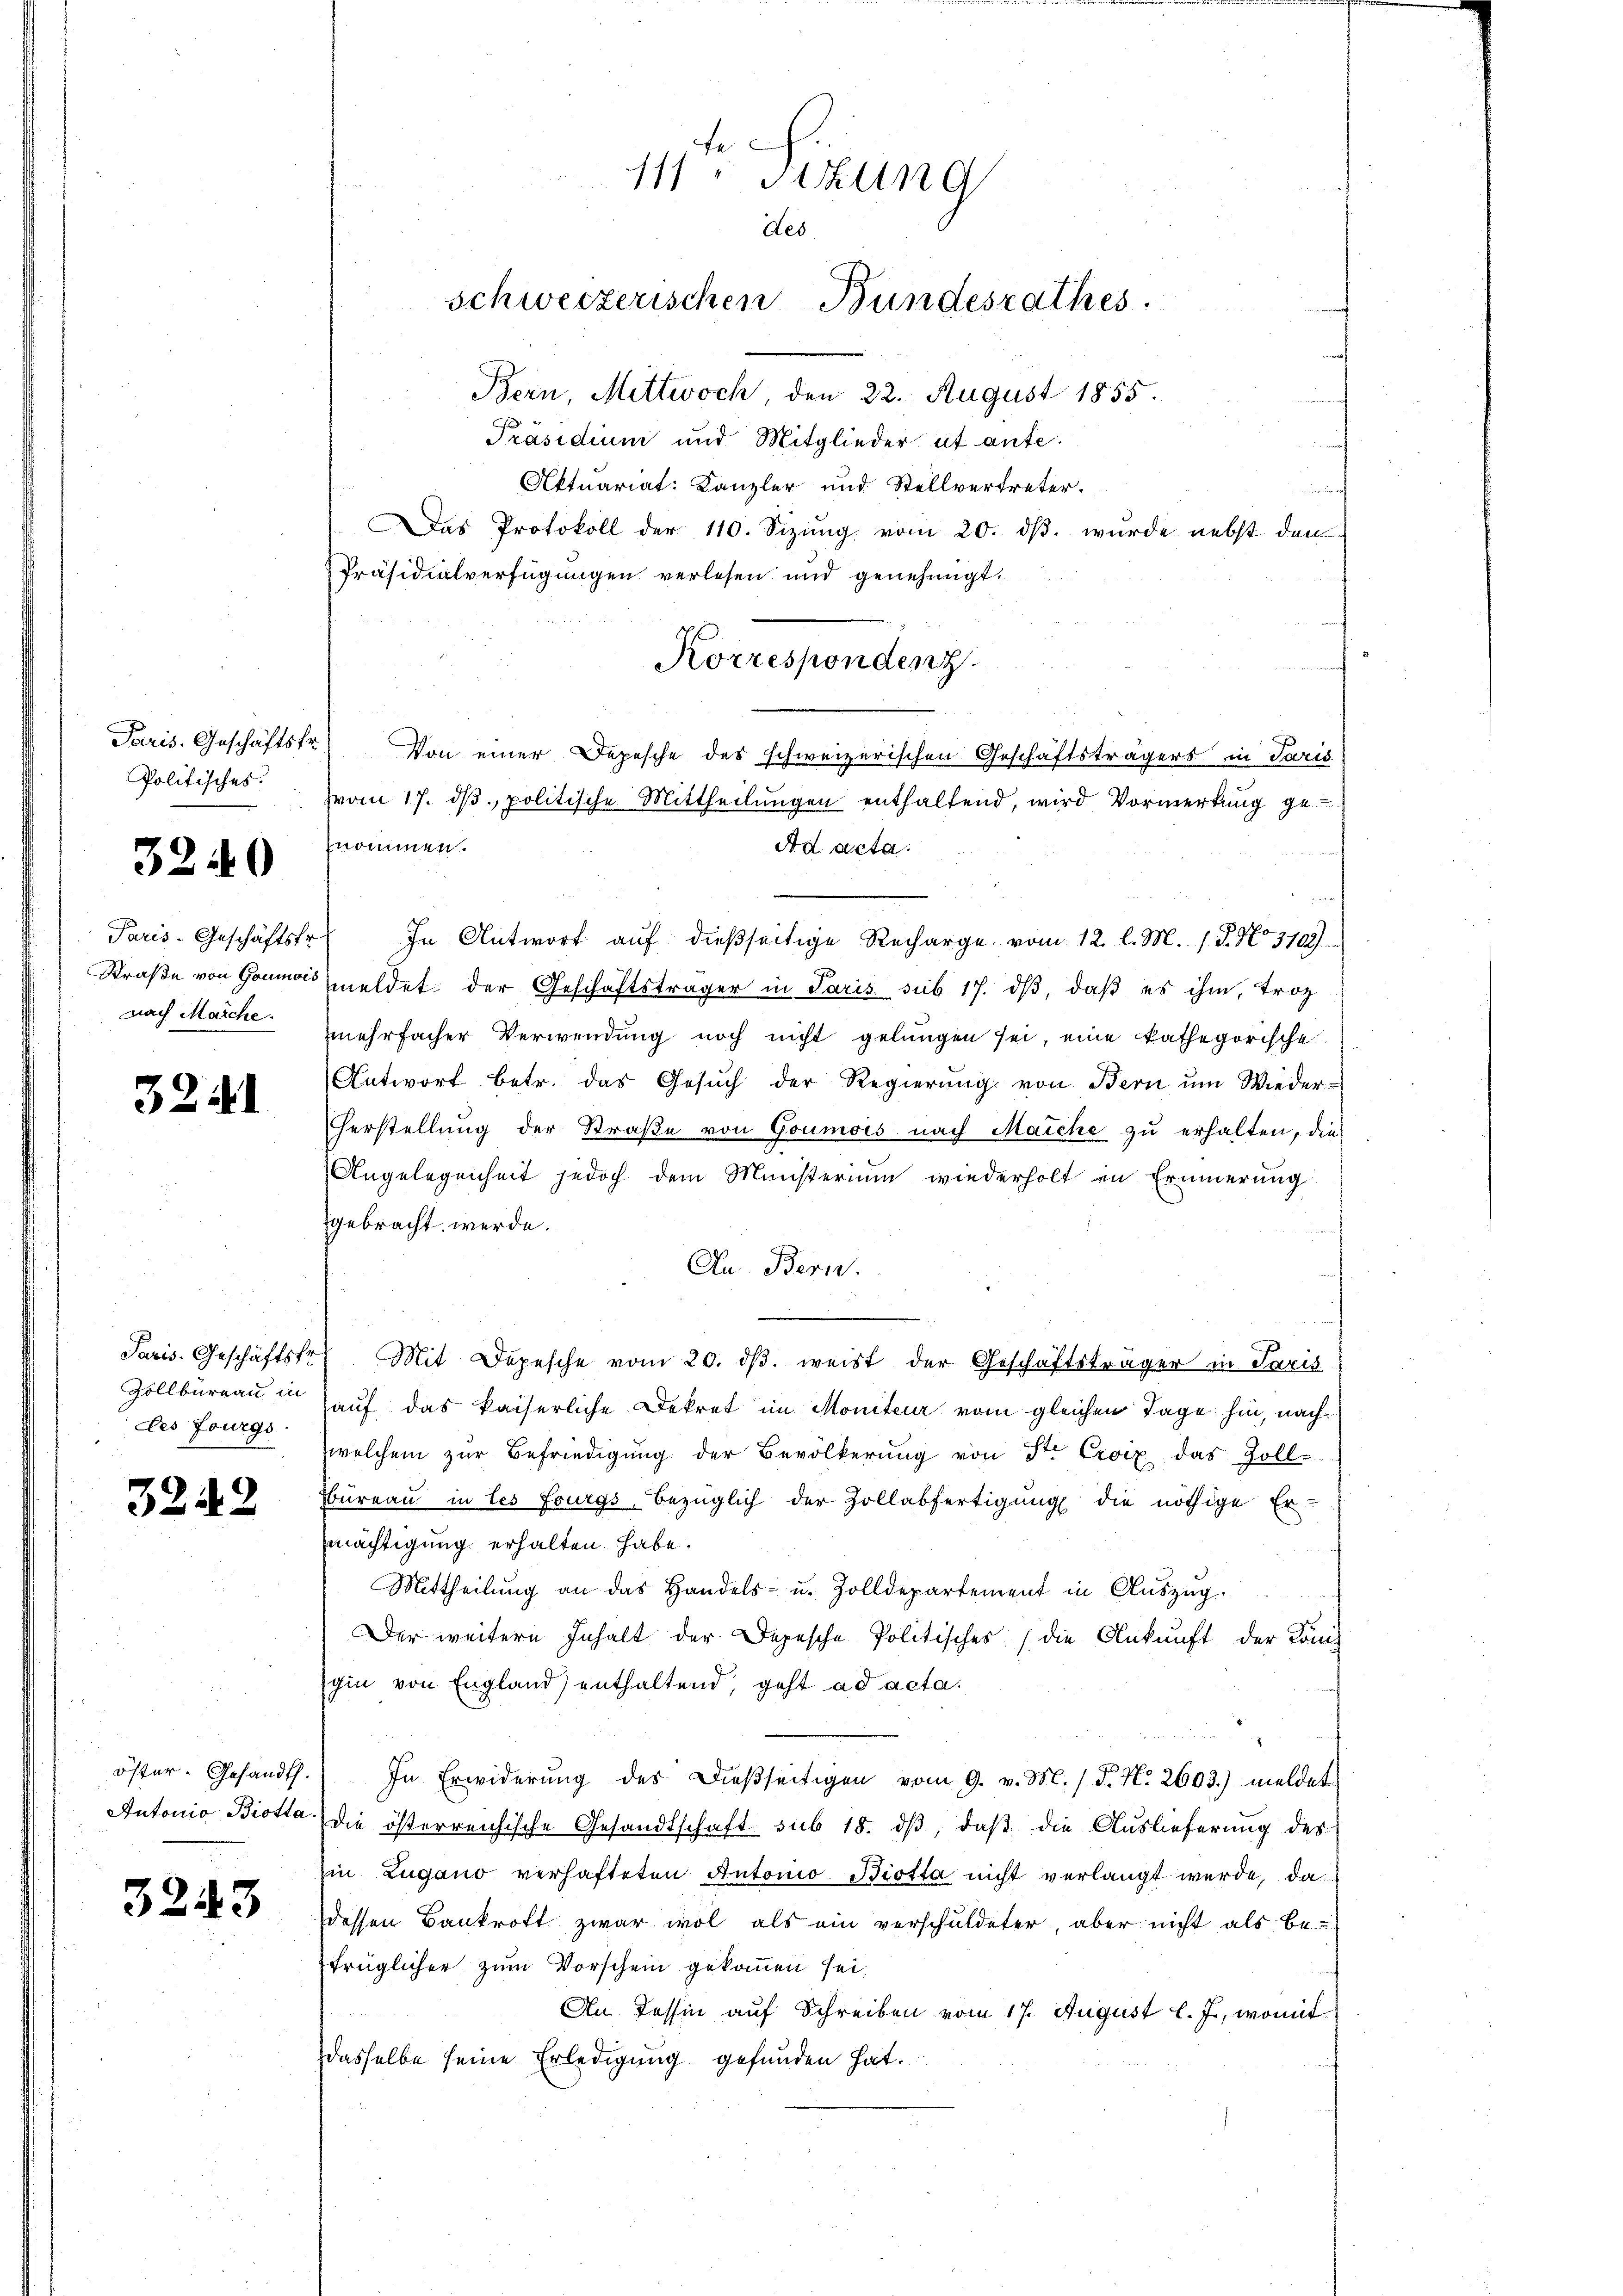
Paris. Geschäftsfr.
Politisches.

3240

Paris-Geschäftsfr.
nach Marche.

3241

des Fourgs

3242

3243

111 Fizung
des
schweizerischen Bundesrathes.

Bern, Mittwoch 22. August 1855.
Präsidium und Mitglieder et ante.
Aktuariat: Kanzler und Stellvertreter.
f
as Protokoll der 110. Sizŭng vom 20. dβ. wurde nebst den
Präsidialverfügungen verlesen und genehmigt.
nommen.
Ad acta.
In Antwort auf dießseitige Recharge vom 12. l. M. /. P. No 3109).
Straße von Goumos meldet der Geschäftsträger in Paris sub 17. dß, daß es ihm, troz
mehrfacher Verwendung noch nicht gelungen sei, eine kathegorische
Antwort betr. das Gesŭch der Regierŭng von Bern ŭm Wieder-
Herstellung der Straße von Goumois nach Maiche zu erhalten, die-
Angelegenheit jedoch dem Ministerium wiederholt in Erinnerung
gebracht werde.
An Bern.
Paris. Geschäftstr. Mit Depesche vom 20. dβ. weist der Geschäftsträger in Paris
Zollbüreau in auf das kaiserliche Dekret im Moniteur vom gleichen Tage hin, nachwelchem zŭr Befriedigŭng der Bevölkerŭng von Str. Croix das Zoll-
Büreau in les fourgs, bezüglich der Zollabfertigŭng die nöthige Er-
mächtigung erhalten habe.
Mittheilung an das Handels- u. Zolldepartement in Auszug.
Der weitern Inhalt der Depesche Politisches die Ankunft der König
schin von England) enthaltend, geht ad acta.
öster-Gesandt. In Erwiderŭng des dießseitigen vom 9. v. M. / P. Nr. 2603.) meldet
Antonio Biotta (die österreichische Gesandtschaft sub 18. dβ, daß die Auslieferung des
Ein Zugano verhafteten Antonio Biotta nicht verlangt werde, da
dessen Bankroft zwar wol als ein verschuldeter, aber nicht als be-
trüglicher zum Vorschein gekommen sei,
An Tessin auf Schreiben vom 17. August l. J., womit
dasselbe seine Erledigung gefunden hat.

Korrespondenz
Von einer Depesche des schweizerischen Geschäftsträgers in Paris
von 17. dβ, politische Mittheilungen enthaltend, wird Vormerkung ge